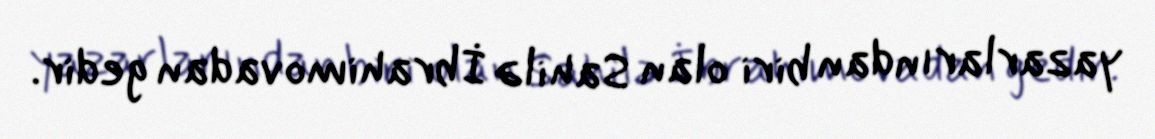
yazarlarından biri olan Sahilə İbrahimovadan gedir.